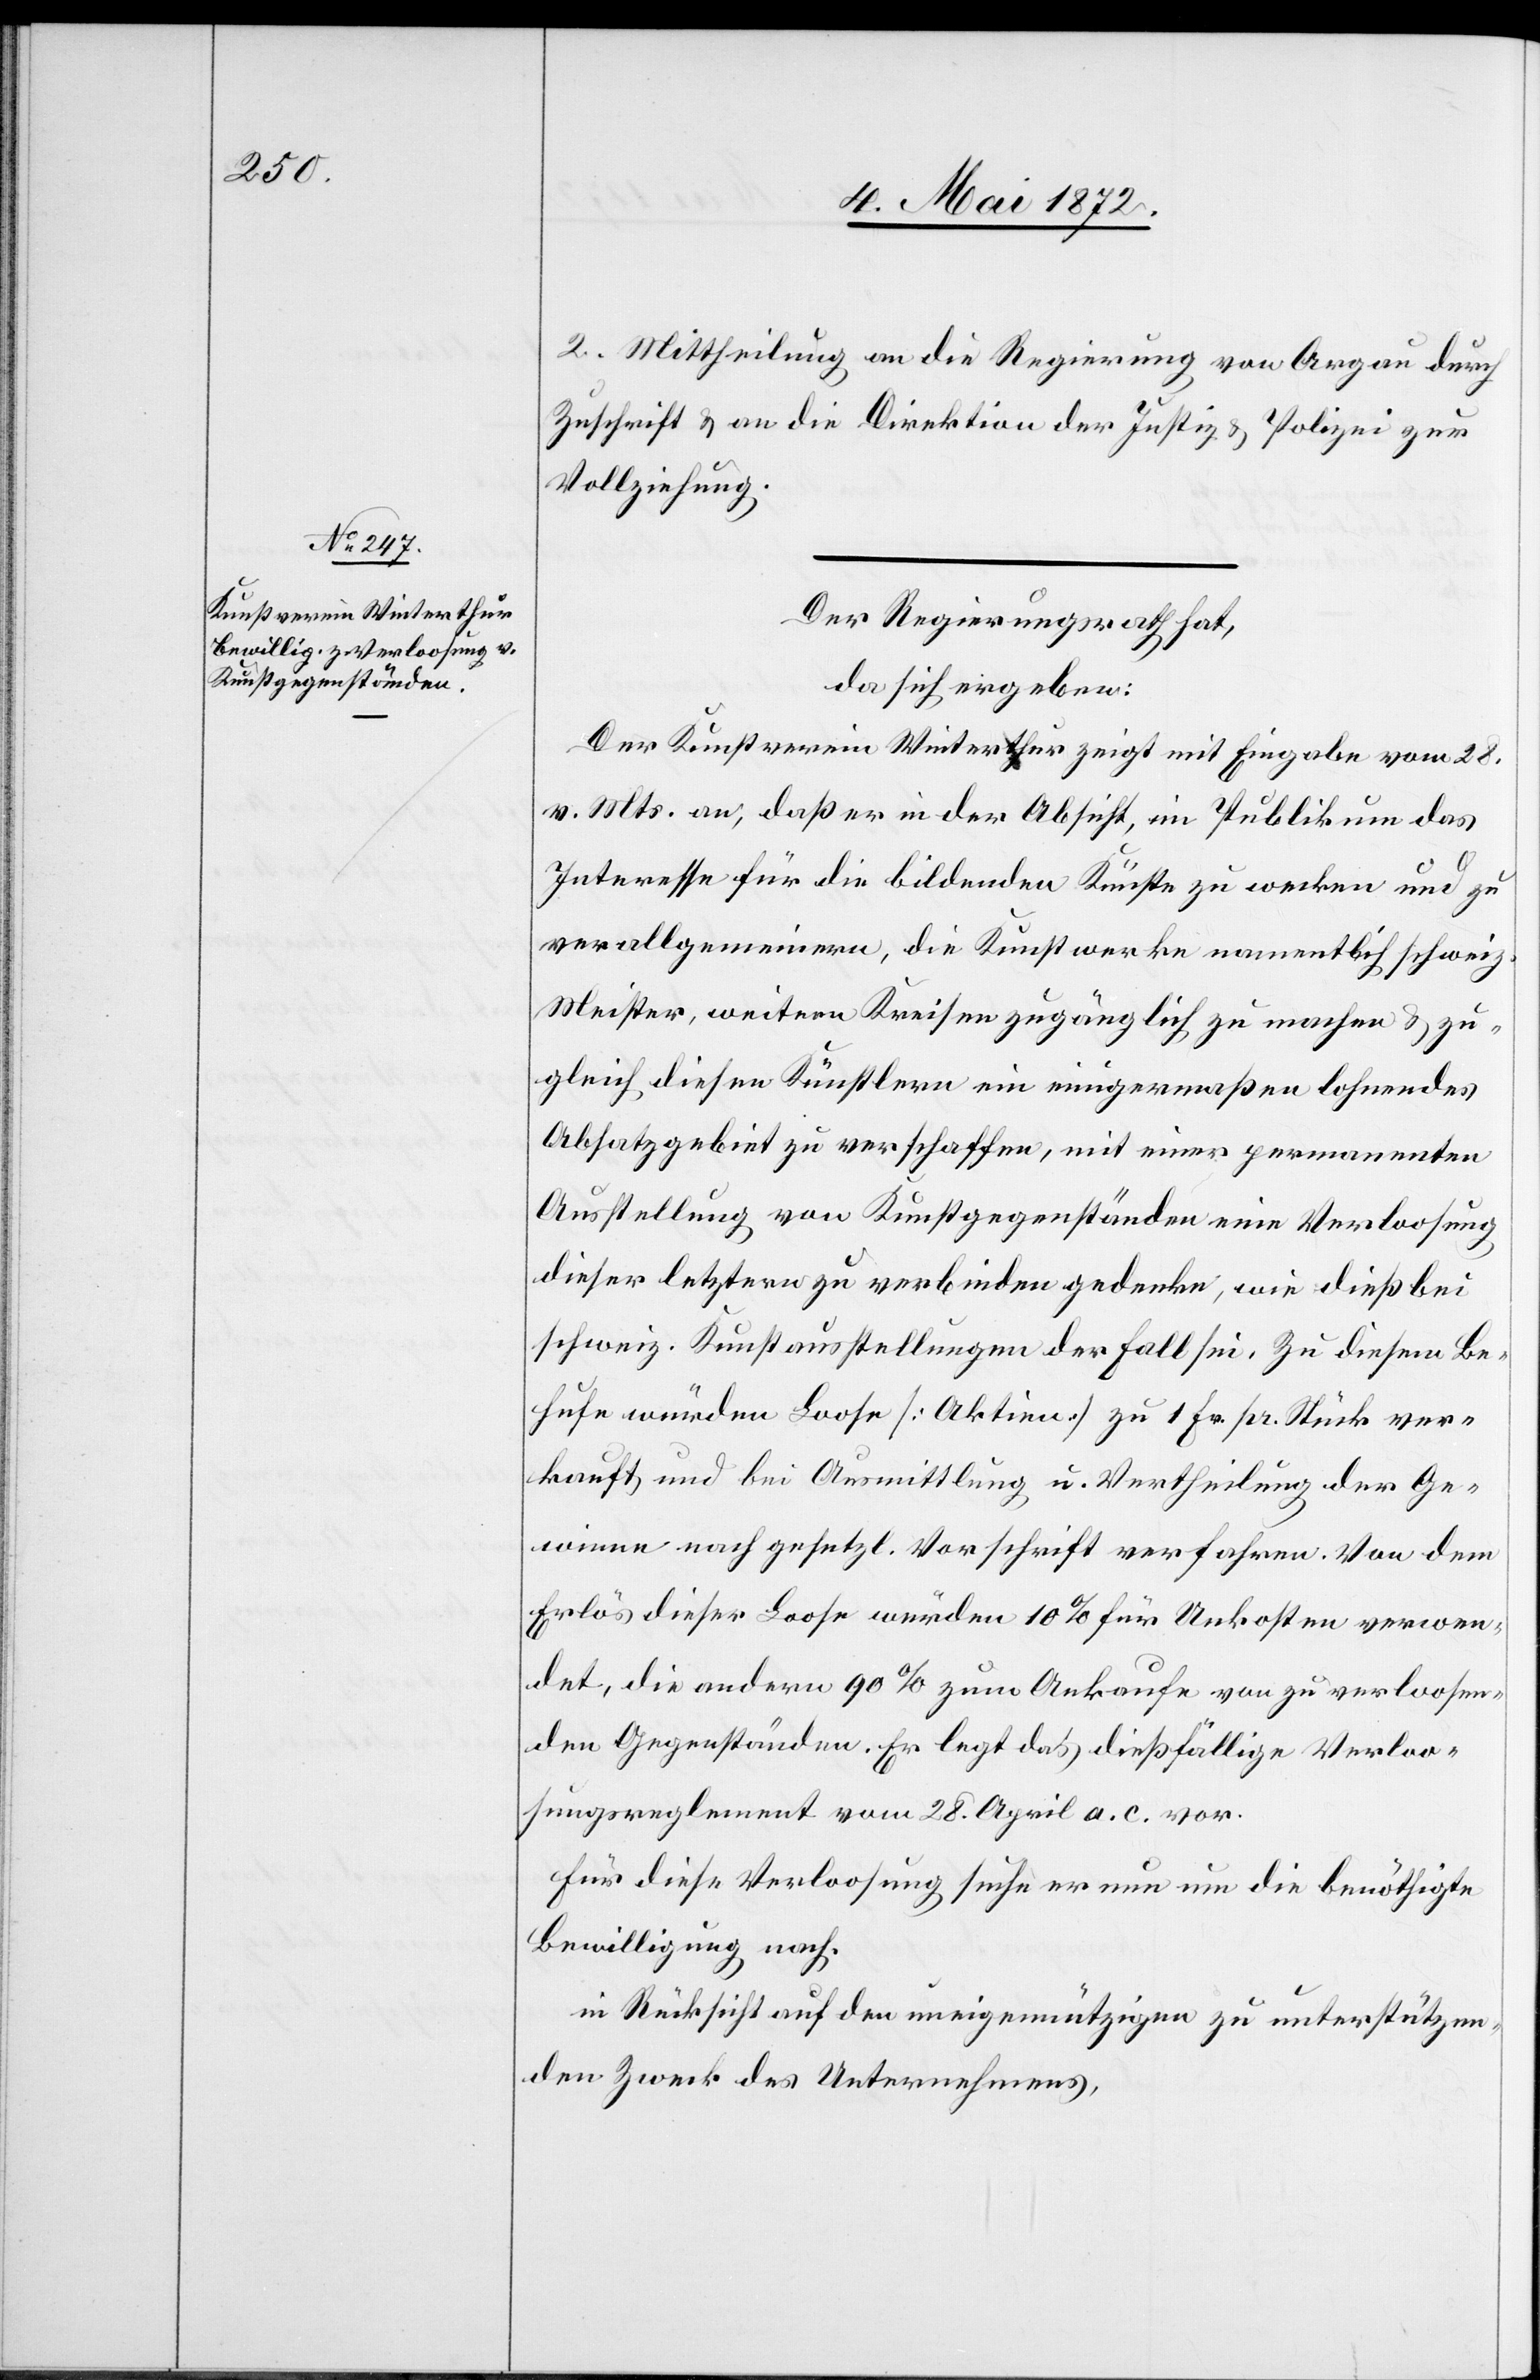
2. Mittheilung an die Regierung von A[a]rgau durch
Zuschrift u. an die Direktion der Justiz u. Polizei zur
Vollziehung.
Der Regierungsrath hat,
da sich ergeben:
Der Kunstverein Winterthur zeigt mit Eingabe vom 28.
v. Mts. an, daß er in der Absicht, im Publikum das
Interesse für die bildenden Künste zu wecken und zu
verallgemeinern, die Kunstwerke namentlich schweiz.
Meister, weitern Kreisen zugänglich zu machen u. zu¬
gleich diesen Künstlern ein einigermaßen lohnendes
Absatzgebiet zu verschaffen, mit einer permanenten
Ausstellung von Kunstgegenständen eine Verloosung
dieser letztern zu verbinden gedenke, wie dieß bei
schweiz. Kunstausstellungen der Fall sei. Zu diesem Be¬
hufe würden Loose [Aktien] zu 1 Fr. pr. Stück ver¬
kauft und bei Ausmittlung e. Vertheilung der Ge¬
winne nach gesetzl. Vorschrift verfahren. Von dem
Erlös dieser Loose würden 10% für Unkosten verwen¬
det, die andern 90% zum Ankaufe von zu verloosen¬
den Gegenständen. Er legt das dießfällige Verloo¬
sungsreglement vom 28. April a. c. vor.
Für diese Verloosung suche er nun um die benöthigte
Bewilligung nach.
in Rücksicht auf den uneigennützigen zu unterstützen¬
den Zweck des Unternehmens,